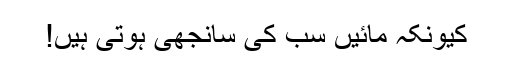
کیونکہ مائیں سب کی سانجھی ہوتی ہیں!